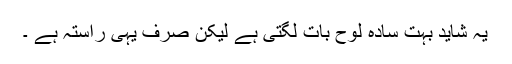
یہ شاید بہت سادہ لوح بات لگتی ہے لیکن صرف یہی راستہ ہے ۔